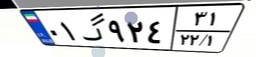
۰۱گ۹۲۴۳۱